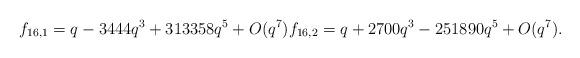
LaTeX: \begin{align*}f_{16,1} = q - 3444 q^3 + 313358q^5 +O(q^7)f_{16,2} = q + 2700 q^3 - 251890q^5+O(q^7).\end{align*}